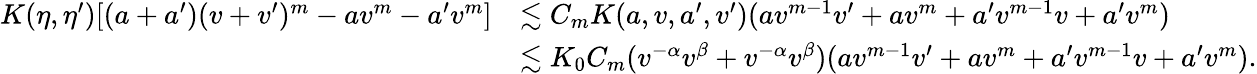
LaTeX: \begin{array}{rl}{K(\eta,\eta^{\prime})[(a+a^{\prime})(v+v^{\prime})^{m}-av^{m}-a^{\prime}v^{m}]}&{\lesssim C_{m}K(a,v,a^{\prime},v^{\prime})(av^{m-1}v^{\prime}+av^{m}+a^{\prime}v^{m-1}v+a^{\prime}v^{m})}\\ &{\lesssim K_{0}C_{m}(v^{-\alpha}v^{\beta}+v^{-\alpha}v^{\beta})(av^{m-1}v^{\prime}+av^{m}+a^{\prime}v^{m-1}v+a^{\prime}v^{m}).}\end{array}